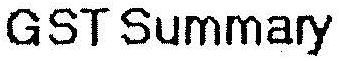
GST SUMMARY